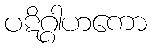
ပဋိဂ္ဂါဟကော